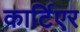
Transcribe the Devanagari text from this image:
कार्टिएर